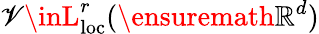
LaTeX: \mathscr{V}\inL_{\mathrm{{loc}}}^{r}(\ensuremath{{\mathbb{{R}}}}^{d})